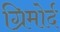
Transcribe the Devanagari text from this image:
ग्रिमोर्द